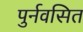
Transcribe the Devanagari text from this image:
पुर्नवसित